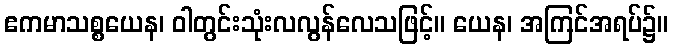
ဧကမာသစ္စယေန၊ ဝါတွင်းသုံးလလွန်လေသဖြင့်။ ယေန၊ အကြင်အရပ်၌။